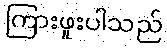
ကြားဖူးပါသည်